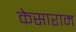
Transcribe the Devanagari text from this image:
केसाराम